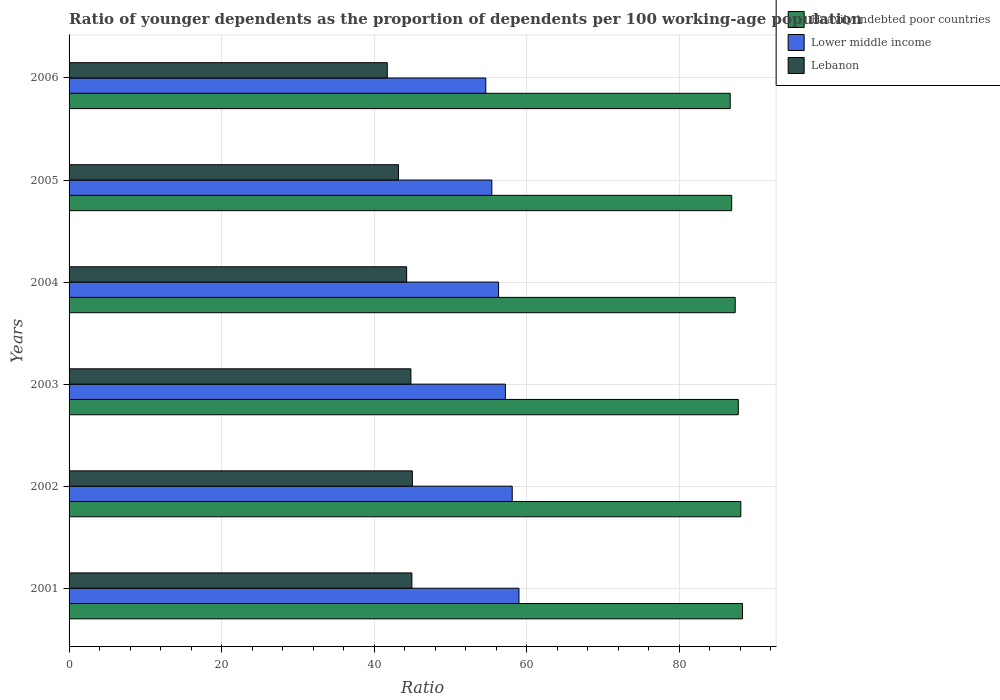
| Years | Heavily indebted poor countries | Lower middle income | Lebanon |
 | --- | --- | --- | --- |
 | 2001 | 88.3 | 59 | 44.9 |
 | 2002 | 88 | 58.1 | 45 |
 | 2003 | 87.7 | 57.2 | 44.8 |
 | 2004 | 87.3 | 56.3 | 44.2 |
 | 2005 | 86.8 | 55.4 | 43.2 |
 | 2006 | 86.7 | 54.6 | 41.7 |